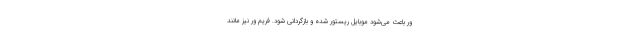
ور باعث می‌شود موبایل ریستور شده و بازگردانی شود. فریم ور نیز مانند